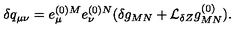
\delta q _ { \mu \nu } = e _ { \mu } ^ { ( 0 ) M } e _ { \nu } ^ { ( 0 ) N } ( \delta g _ { M N } + { \cal L } _ { \delta Z } g _ { M N } ^ { ( 0 ) } ) .